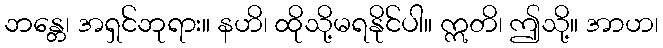
ဘန္တေ၊ အရှင်ဘုရား။ နဟိ၊ ထိုသို့မရနိုင်ပါ။ ဣတိ၊ ဤသို့။ အာဟ၊